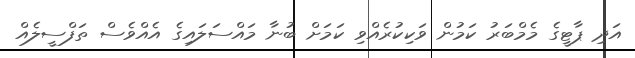
އަދި ޕާޓީގެ މެމްބަރު ކަމުން ވަކިކުރެއްވި ކަމަށް ބުނާ މައްސަލައިގެ އެއްވެސް ތަފްސީލެއް